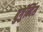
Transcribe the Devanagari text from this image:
बुर्गुन्दिंस